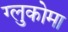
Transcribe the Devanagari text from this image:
ग्लुकोमा